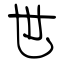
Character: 世